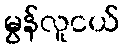
မွန်လူငယ်